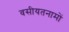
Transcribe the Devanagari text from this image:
वसीयतनामों